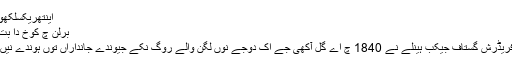
اینتھریکسلکھو
برلن چ کوخ دا بت
فریڈرش گستاف جیکب ہینلے نے 1840 چ اے گل آکھی جے اک دوجے نوں لگن والے روگ نکے جیوندے جانداراں توں ہوندے نیں۔